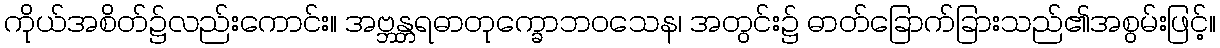
ကိုယ်အစိတ်၌လည်းကောင်း။ အဗ္ဘန္တရဓာတုက္ခောဘဝသေန၊ အတွင်း၌ ဓာတ်ခြောက်ခြားသည်၏အစွမ်းဖြင့်။